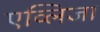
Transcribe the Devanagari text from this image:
एव्लिजा